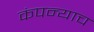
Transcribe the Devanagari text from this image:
कंपन्याच